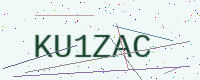
Text: KU1ZAC